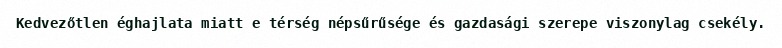
Kedvezőtlen éghajlata miatt e térség népsűrűsége és gazdasági szerepe viszonylag csekély.